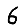
Digit: 6